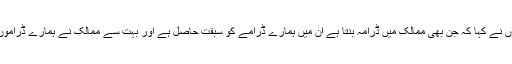
ایک انٹر ویو میں انہوں نے کہا کہ جن بھی ممالک میں ڈرامہ بنتا ہے ان میں ہمارے ڈرامے کو سبقت حاصل ہے اور بہت سے ممالک نے ہمارے ڈراموں کی تعریف کی ہے ۔